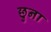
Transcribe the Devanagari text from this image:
छुना